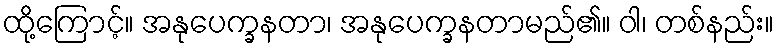
ထို့ကြောင့်။ အနုပေက္ခနတာ၊ အနုပေက္ခနတာမည်၏။ ဝါ၊ တစ်နည်း။